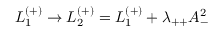
{ \cal L } _ { 1 } ^ { ( + ) } \rightarrow { \cal L } _ { 2 } ^ { ( + ) } = { \cal L } _ { 1 } ^ { ( + ) } + \lambda _ { + + } A _ { - } ^ { 2 }